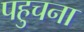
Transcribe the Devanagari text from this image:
पहुचना